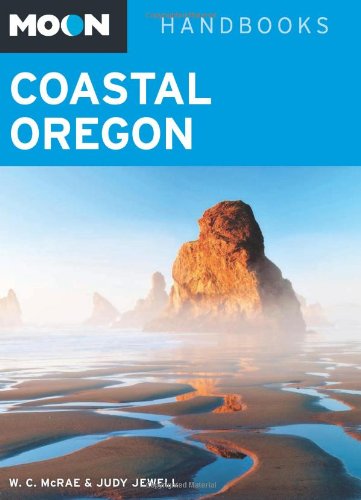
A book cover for Moon Coastal Oregon (Moon Handbooks); W. C. McRae; Travel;